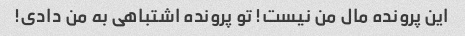
این پرونده مال من نیست! تو پرونده اشتباهی به من دادی!